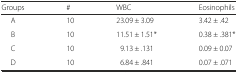
| Groups | # | WBC | Eosinophils |
 | --- | --- | --- | --- |
 | A | 10 | 23.09 ± 3.09 | 3.42 ± .42 |
 | B | 10 | 11.51 ± 1.51* | 0.38 ± .381* |
 | C | 10 | 9.13 ± .131 | 0.09 ± 0.07 |
 | D | 10 | 6.84 ± .841 | 0.07 ± .071 |